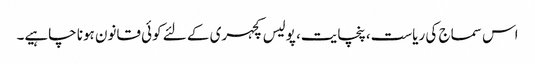
اس سماج کی ریاست، پنچایت، پولیس کچہری کے لئے کوئی قانون ہونا چاہیے۔